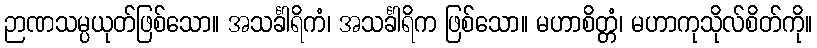
ဉာဏသမ္ပယုတ်ဖြစ်သော။ အသင်္ခါရိကံ၊ အသင်္ခါရိက ဖြစ်သော။ မဟာစိတ္တံ၊ မဟာကုသိုလ်စိတ်ကို။